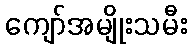
ကျော်အမျိုးသမီး